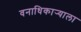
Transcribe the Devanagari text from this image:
वनाधिकार्‍याला